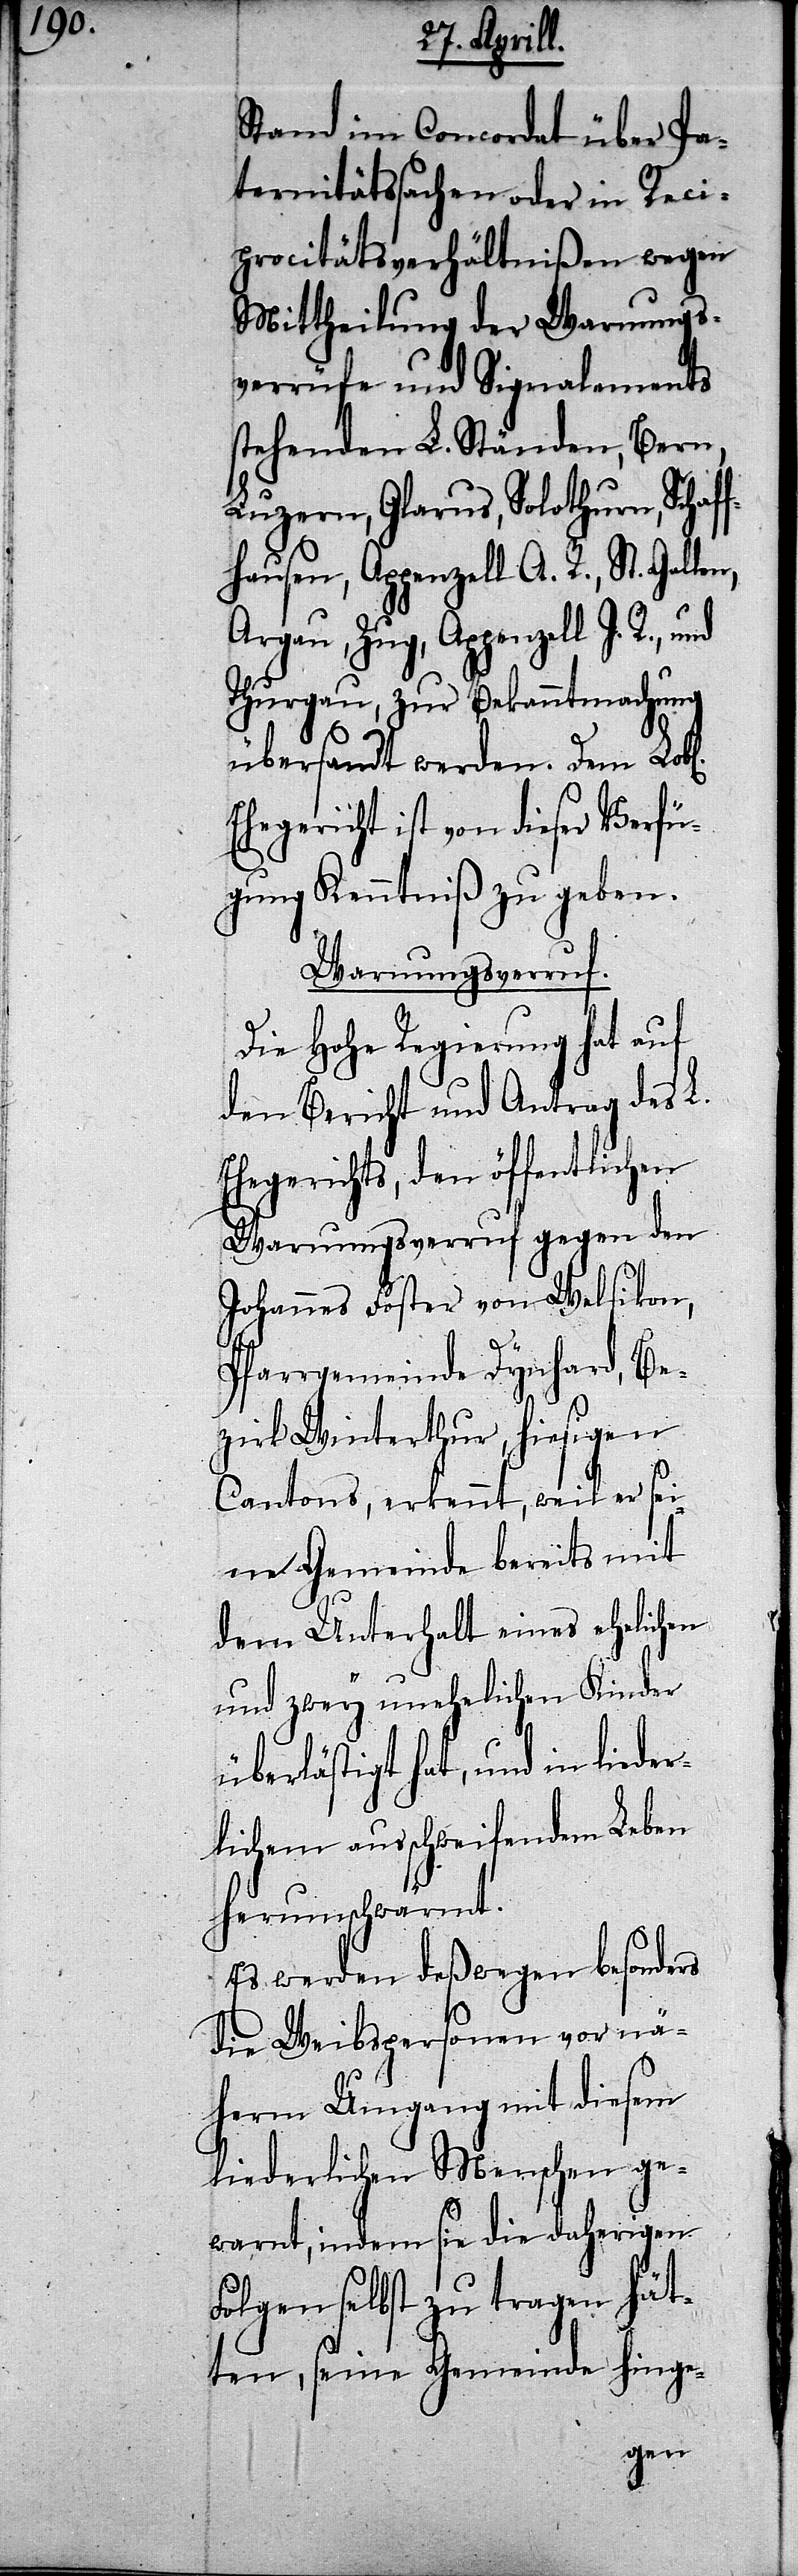
Stand im Concordat über Pa¬
ternitätssachen oder in Reci¬
procitätsverhältnißen wegen
Mittheilung der Warnungs¬
verrüfe und Signalements
stehenden L. Ständen, Bern,
Luzern, Glarus, Solothurn, Schaf¬
fhausen, Appenzell A. R., St. Gallen,
Argau, Zug, Appenzell I. R.,
Thurgau, zur Bekanntmachung
übersandt werden. Dem
Ehegericht ist von dieser Verfü¬
gung Kenntniß zu geben.
Warnungsverruf.
Die Hohe Regierung hat auf
den Bericht und Antrag des L.
Ehegerichts, den öffentlichen
Warnungsverruf gegen den
Johannes Foster von Welsikon,
Pfarrgemeinde Dynhard, Be¬
zirk Winterthur, hiesigen
Cantons, erkennt, weil er se¬
iner Gemeinde bereits mit
dem Unterhalt eines ehelichen
und zwey unehelichen Kinder
überlästigt hat, und in lieder¬
lichem ausschweifendem Leben
herumschwärmt.
Es werden deßwegen besonders
die Weibspersonen vor nä¬
herm Umgang mit diesem
liederlichen Menschen ge¬
warnt, indem sie die daherigen
Folgen selbst zu tragen hät¬
ten, seine Gemeinde hinge-